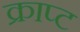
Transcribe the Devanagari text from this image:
क्राप्ट